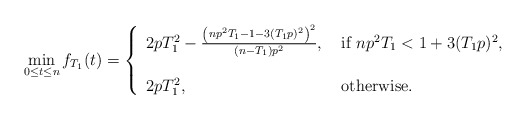
\begin{align*}\min_{0\leq t\leq n}f_{T_1}(t) = \left\{\begin{array}{ll}2pT_1^2 - \frac{\left(np^2 T_1-1- 3 (T_1 p)^2 \right)^2 }{(n-T_1) p^2}, & \mbox{ if } np^2 T_1<1+ 3 (T_1 p)^2 ,\\ \\ 2pT_1^2 , & \mbox{ otherwise. }\end{array}\right. \end{align*}